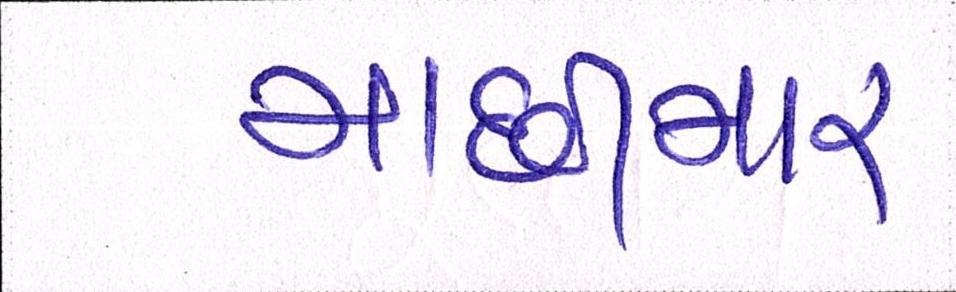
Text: માછીમાર